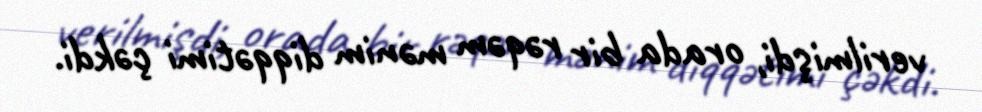
verilmişdi, orada bir rəqəm mənim diqqətimi çəkdi.